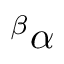
{ } ^ { \beta } \alpha